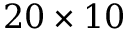
2 0 \times 1 0